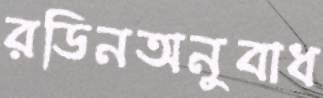
রডিনঅনুবাধ